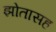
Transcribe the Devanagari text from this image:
झोतासह